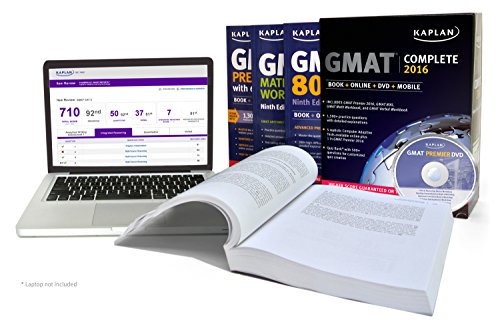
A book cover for Kaplan GMAT Complete 2016: The Ultimate in Comprehensive Self-Study for GMAT: Book + Online + DVD + Mobile (Kaplan Test Prep); Kaplan; Test Preparation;